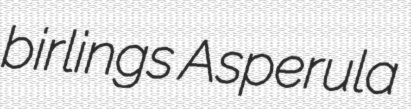
birlings Asperula